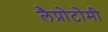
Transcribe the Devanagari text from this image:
लैप्रोटोमी